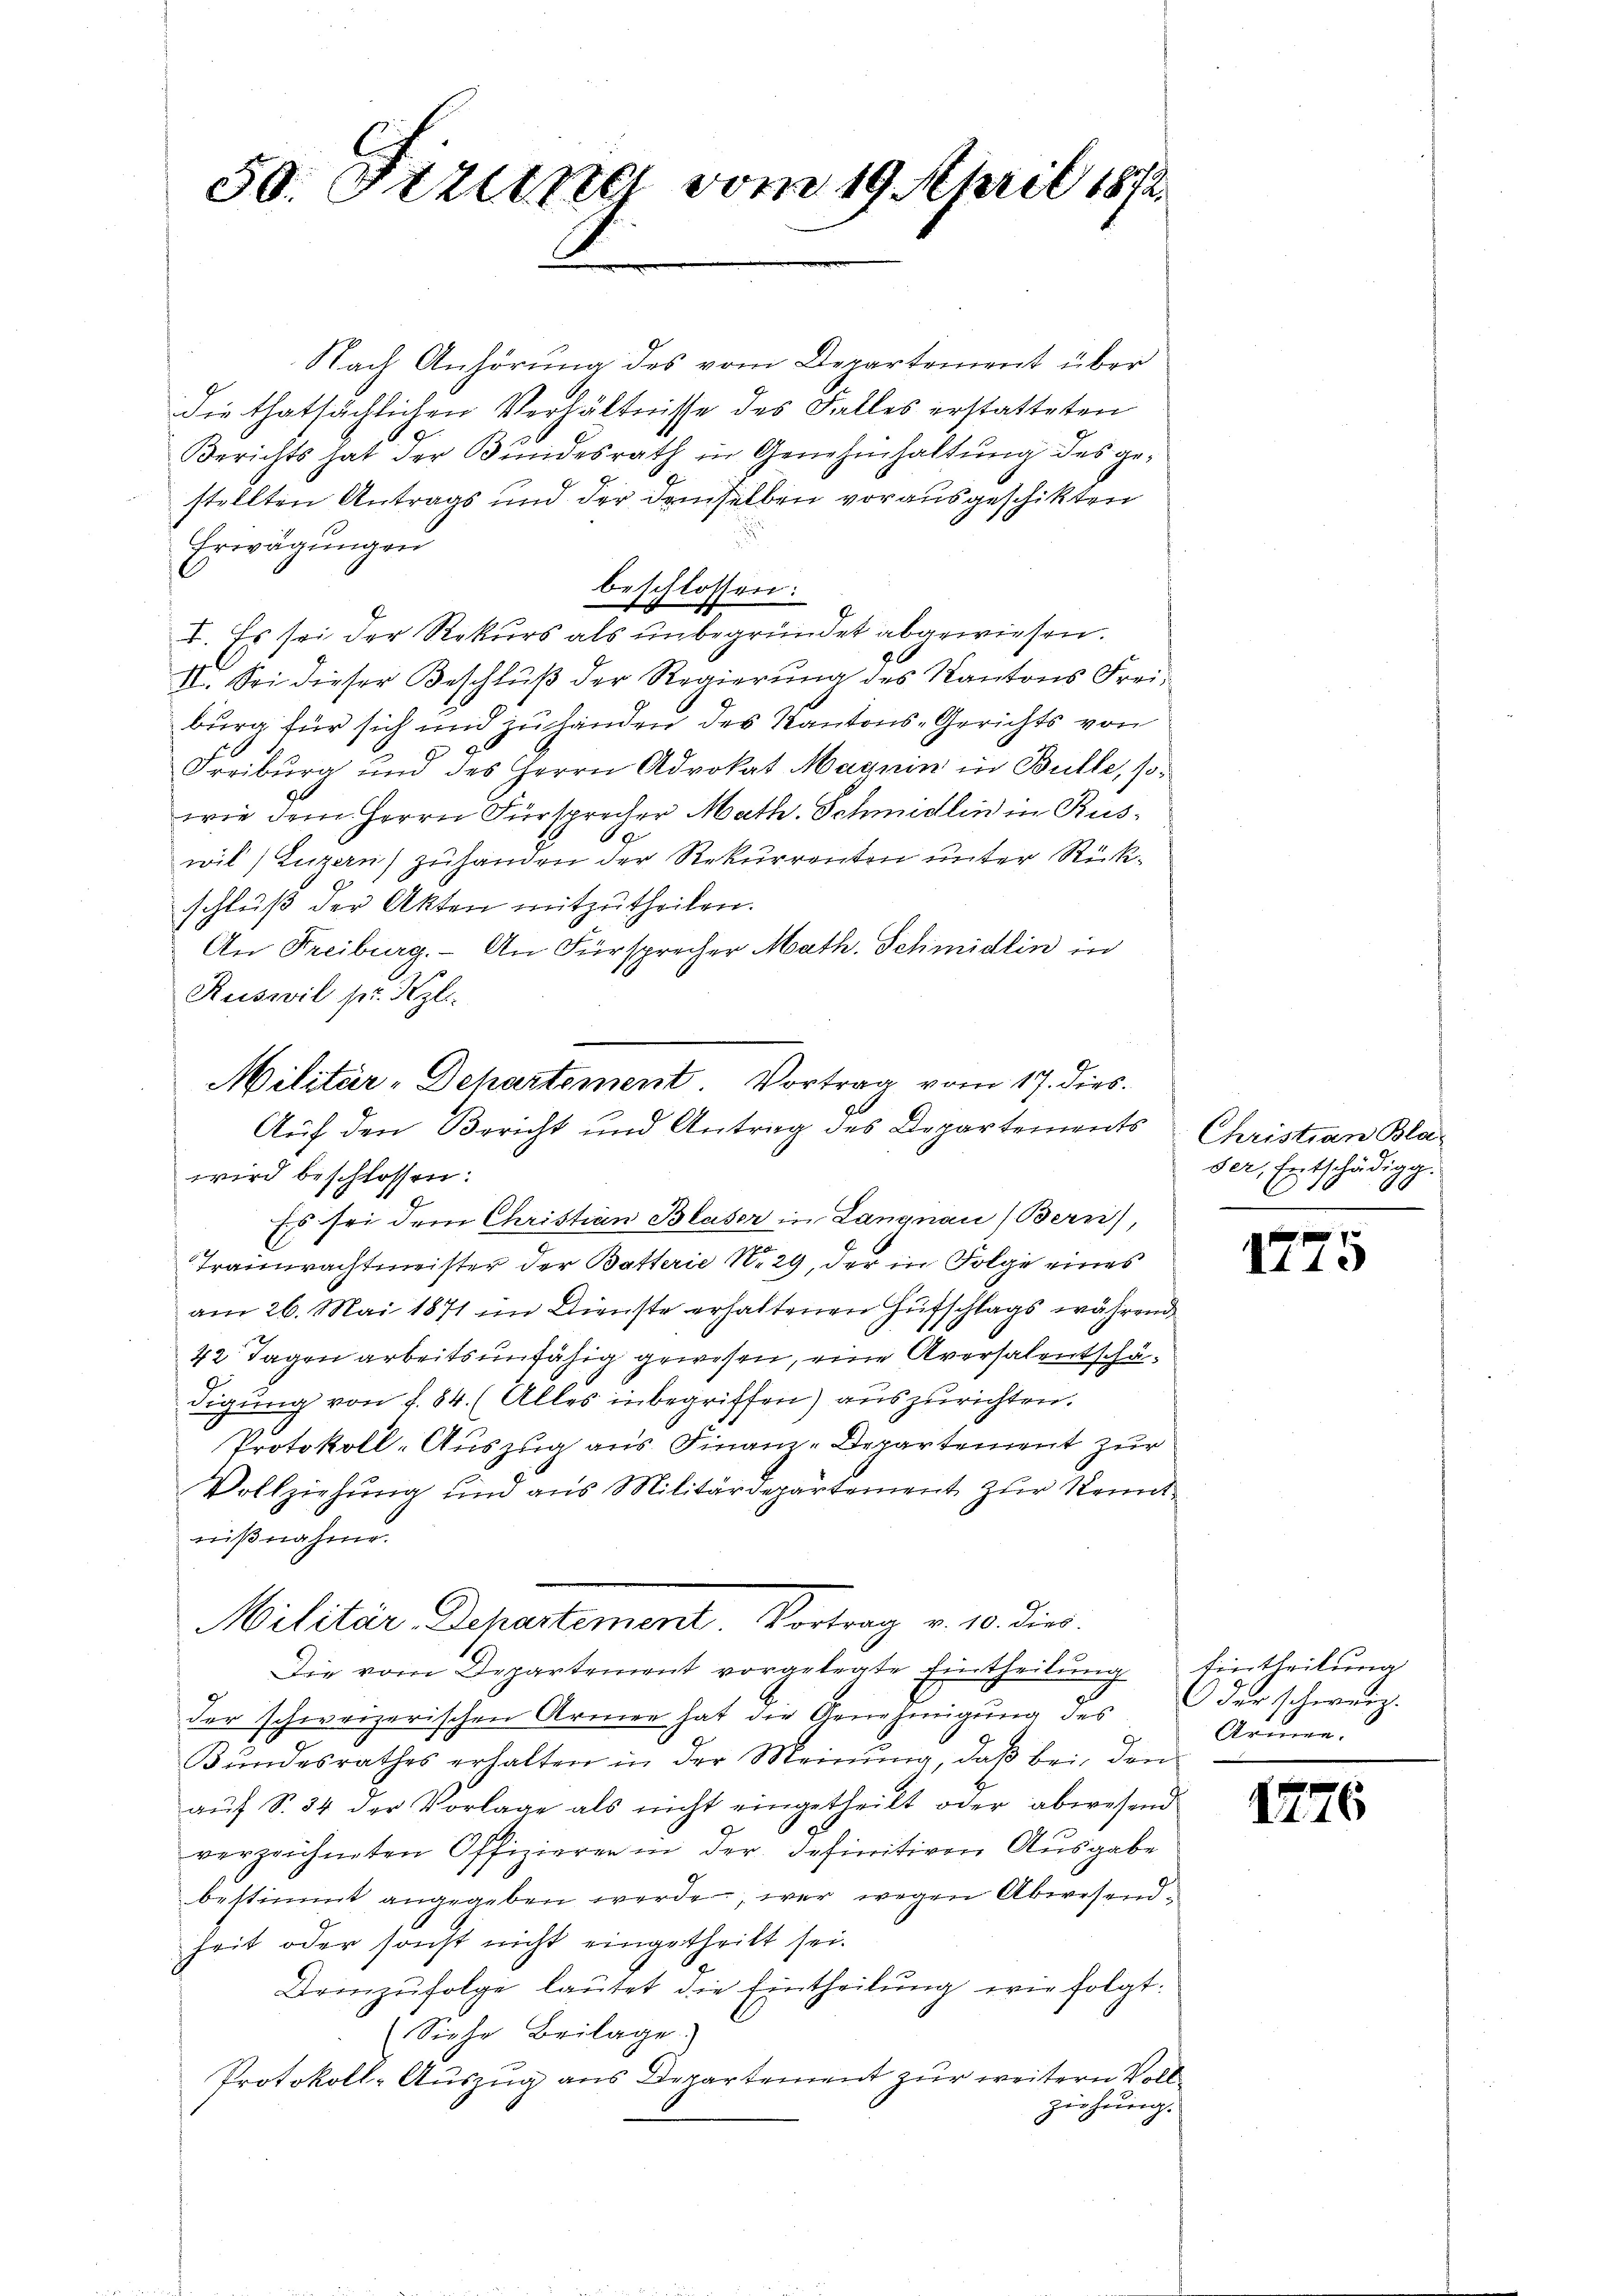
50. Stzung vom 19. April 1812.

Nach Anhörung des vom Departement über
die thatsächlichen Verhältnisse des Falles erstatteten
Berichts hat der Bŭndesrath in Genehmhaltŭng des ge-
stellten Antrags und der demselben vorausgeschikten
Erwägungen
beschlossen:
I. Es sei der Rekurs als unbegründet abgewiesen.
II. Sei dieser Beschluß der Regierung des Kantons Freiburg für sich und zuhanden des Kantons-Gerichts von
t
Freiburg und des Herrn Advokat Magnin in Bulle, sowie dem Herrn Fürsprecher Math. Schmidlin in Ruswil) Luzern) zuhanden der Rekurrenten unter Rückschlŭβ der Akten mitzutheilen.
An Freiburg. An Fürsprecher Math. Schmidlin in
Ruswil pr. Kzli.
wird beschlossen:
Es sei dem Christian Blaser in Langnau (Bern,
Trauerachtmeister der Batterie Nr. 29, der in Folge eines
am 26. Mai 1871 im Dienste erhaltenen Hufschlags während
42 Tagen arbeitsunfähig gewesen, eine Aversalentschädigung von f. 84. (Alles inbegriffen) auszurichten.
Protokoll-Auszug aus Finanz-Departement zur
Vollziehŭng und ans Militärdepartement zŭr Kennt-
nißnahme.
Militär Departement. Vortrag v. 10. die
Die vom Departement vorgelegte Eintheilŭng Eintheilŭng
der schweizerischen Armen hat die Genehmigung des
Bŭndesrathes erhalten in der Meinung, daβ bei den
auf S. 34 der Vorlage als nicht eingetheilt oder abwesend
verzeichneten Offizieren in der definitiven Ausgabe
bestimmt angegeben werde, wer wegen Abwesendheit oder sonst nicht eingetheilt sei.
Ueinzŭfolge lautet die Eintheilung wie folgt:
Siehe Beilage.
Protokoll-Auszug aus Departement zur weitern Voll
ziehung.

Militär-Dehartement. Vortrag vom 17. dies
Aŭf den Bericht und Antrag des Departements Christian Bla-

der, Entschädigg.
A

1775

der schweiz.
Atrinen.

1776